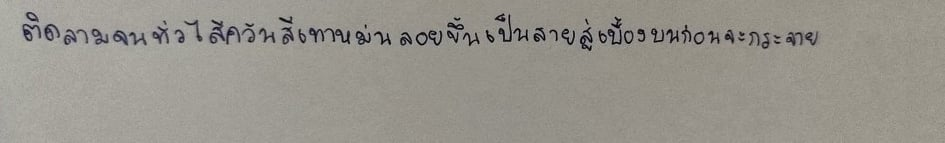
ติดลามจนทั่วไส้ควันสีเทาหม่นลอยขึ้นเป็นสายสู่เบื้องบนก่อนจะกระจาย